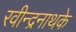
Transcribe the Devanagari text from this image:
रवीन्द्रनाथके